Vaccination in the Punjab 1867-1880 - 1867-1880
Year: 1867
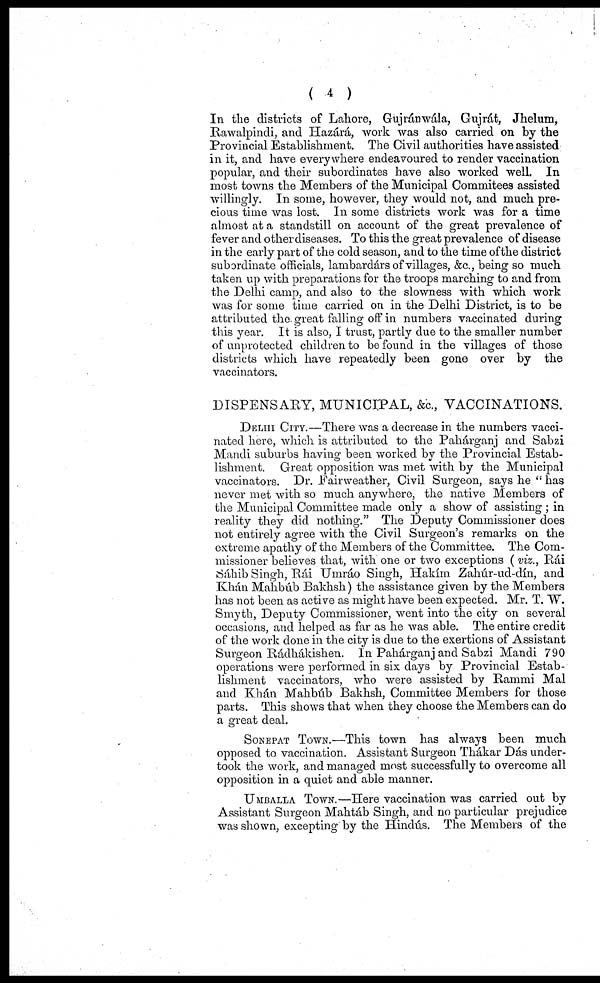
( 4 )
In the districts of Lahore, Gujránwála, Gujrát, Jhelum,
Rawalpindi, and Hazárá, work was also carried on by the
Provincial Establishment. The Civil authorities have assisted
in it, and have everywhere endeavoured to render vaccination
popular, and their subordinates have also worked well. In
most towns the Members of the Municipal Commitees assisted
willingly. In some, however, they would not, and much pre-
cious time was lost. In some districts work was for a time
almost at a standstill on account of the great prevalence of
fever and other diseases. To this the great prevalence of disease
in the early part of the cold season, and to the time of the district
subordinate officials, lambardárs of villages, &c., being so much
taken up with preparations for the troops marching to and from
the Delhi camp, and also to the slowness with which work
was for some time carried on in the Delhi District, is to be
attributed the great falling off in numbers vaccinated during
this year. It is also, I trust;, partly due to the smaller number
of unprotected children to be found in the villages of those
districts which have repeatedly been gone over by the
vaccinators.
DISPENSARY, MUNICIPAL, &c., VACCINATIONS.
DELHI CITY.—There was a decrease in the numbers vacci-
nated here, which is attributed to the Pahárganj and Sabzi
Mandi suburbs having been worked by the Provincial Estab-
lishment. Great opposition was met with by the Municipal
vaccinators. Dr. Fairweather, Civil Surgeon, says he " has
never met with so much anywhere, the native Members of
the Municipal Committee made only a show of assisting ; in
reality they did nothing." The Deputy Commissioner does
not entirely agree with the Civil Surgeon's remarks on the
extreme apathy of the Members of the Committee. The Com-
missioner believes that, with one or two exceptions (viz., Rái
Sáhib Singh, Rái Umráo Singh, Hakim Zahúr-ud-dín, and
Khán. Mahbúb Bakhsh) the assistance given by the Members
has not been as active as might have been expected. Mr. T. W.
Smyth, Deputy Commissioner, went into the city on several
occasions, and helped as far as he was able. The entire credit
of the work done in the city is due to the exertions of Assistant
Surgeon Rádhákishen. In Pahárganj and Sabzi Mandi 790
operations were performed in six days by Provincial Estab-
lishment vaccinators, who were assisted by Rammi Mal
and Khán Mahbúb Bakhsh, Committee Members for those
parts. This shows that when they choose the Members can do
a great deal.
SONEPAT TOWN.—This town has always been much
opposed to vaccination. Assistant Surgeon Thákar Dás under-
took the work, and managed most successfully to overcome all
opposition in a quiet and able manner.
UMBALLA TOWN.—Here vaccination was carried out by
Assistant Surgeon Mahtáb Singh, and no particular prejudice
was shown, excepting by the Hindús. The Members of the